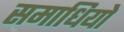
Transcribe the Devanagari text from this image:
समाधियो